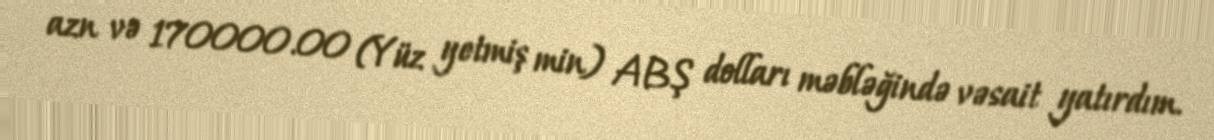
azn və 170000.00 (Yüz yetmiş min) ABŞ dolları məbləğində vəsait yatırdım.